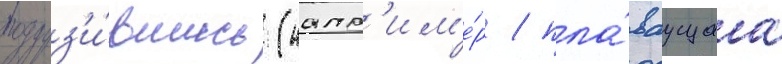
погруз'и́вшись (напр'им'е́р / пла́ваущаа